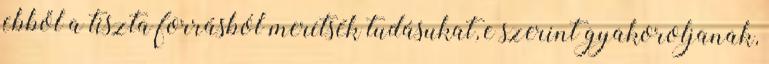
ebből a tiszta forrásból merítsék tudásukat, e szerint gyakoroljanak,